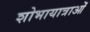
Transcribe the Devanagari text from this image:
शोभायात्राओं